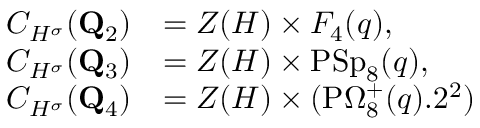
\begin{array} { r l } { C _ { H ^ { \sigma } } ( { \bf Q } _ { 2 } ) } & { = Z ( H ) \times F _ { 4 } ( q ) , } \\ { C _ { H ^ { \sigma } } ( { \bf Q } _ { 3 } ) } & { = Z ( H ) \times \mathrm { P S p } _ { 8 } ( q ) , } \\ { C _ { H ^ { \sigma } } ( { \bf Q } _ { 4 } ) } & { = Z ( H ) \times ( \mathrm { P } \Omega _ { 8 } ^ { + } ( q ) . 2 ^ { 2 } ) } \end{array}